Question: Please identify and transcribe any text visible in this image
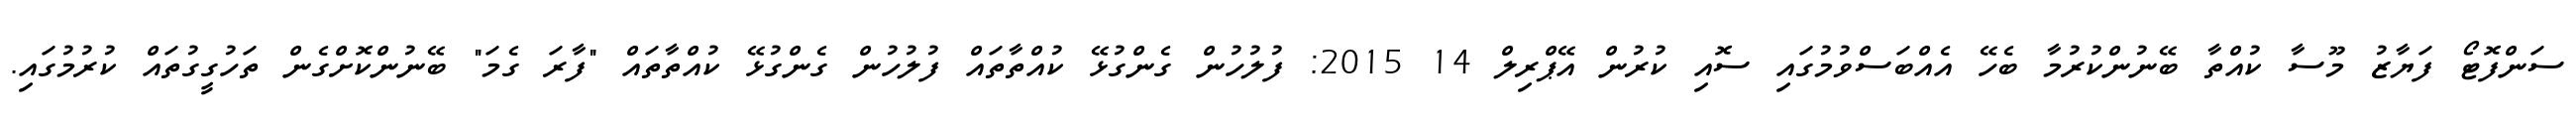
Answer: ސަންފޮޓޯ ފަޔާޒު މޫސާ ކުއްތާ ބޭނުންކުރުމާ ބެހޭ އެއްބަސްވުމުގައި ސޮއި ކުރުން އޭޕްރިލް 14 2015: ފުލުހުން ގެންގުޅޭ ކުއްތާތައް ފުލުހުން ގެންގުޅޭ ކުއްތާތައް "ފާރަ ގެމަ" ބޭނުންކޮށްގެން ތަހުގީގުތައް ކުރުމުގައި.